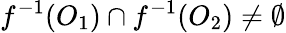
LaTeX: f^{-1}(O_{1})\cap f^{-1}(O_{2})\neq\emptyset